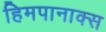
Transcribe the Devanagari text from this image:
हिमपानाक्स